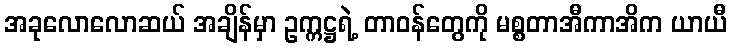
အခုလောလောဆယ် အချိန်မှာ ဥက္ကဋ္ဌရဲ့ တာဝန်တွေကို မစ္စတာအီကာအိက ယာယီ